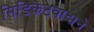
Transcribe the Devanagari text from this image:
सिंडिकेटवादाने